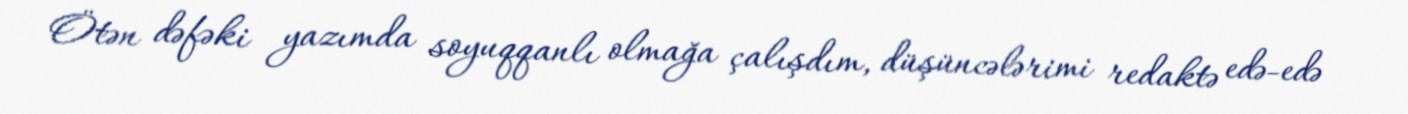
Ötən dəfəki yazımda soyuqqanlı olmağa çalışdım, düşüncələrimi redaktə edə-edə